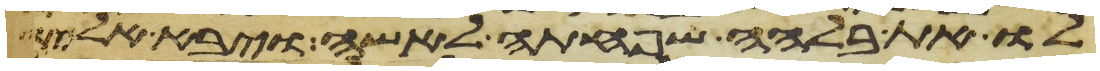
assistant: לו את בלהה שפחתה לאשה ויבא אליה